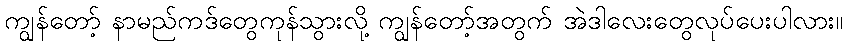
ကျွန်တော့် နာမည်ကဒ်တွေကုန်သွားလို့ ကျွန်တော့်အတွက် အဲဒါလေးတွေလုပ်ပေးပါလား။